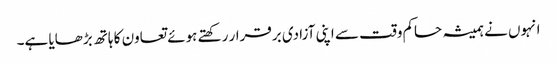
انہوں نے ہمیشہ حاکم وقت سے اپنی آزادی برقرار رکھتے ہوئے تعاون کا ہاتھ بڑھایا ہے۔